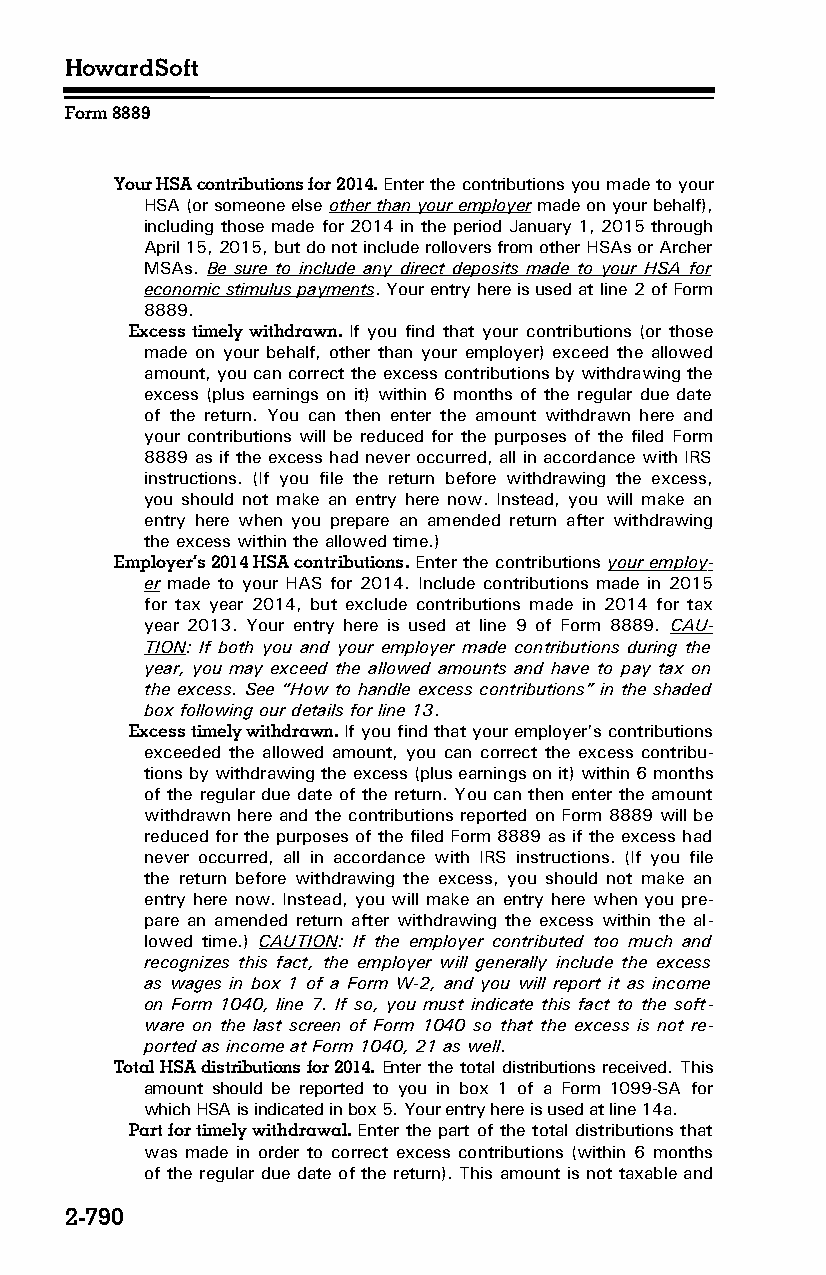
HowardSoft
 Form 8889
 Your HSA contributions for 2014. Enter the contributions you made to your
 HSA (or someone else other than your employer made on your behalf),
 including those made for 2014 in the period January 1, 2015 through
 April 15, 2015, but do not include rollovers from other HSAs or Archer
 MSAs. Be sure to include any direct deposits made to your HSA for
 economic stimulus payments. Your entry here is used at line 2 of Form
 8889.
 Excess timely withdrawn. If you find that your contributions (or those
 made on your behalf, other than your employer) exceed the allowed
 amount, you can correct the excess contributions by withdrawing the
 excess (plus earnings on it) within 6 months of the regular due date
 of the return. You can then enter the amount withdrawn here and
 your contributions will be reduced for the purposes of the filed Form
 8889 as if the excess had never occurred, all in accordance with IRS
 instructions. (If you file the return before withdrawing the excess,
 you should not make an entry here now. Instead, you will make an
 entry here when you prepare an amended return after withdrawing
 the excess within the allowed time.)
 Employer’s 2014 HSA contributions. Enter the contributions your employ­
 er made to your HAS for 2014. Include contributions made in 2015
 for tax year 2014, but exclude contributions made in 2014 for tax
 year 2013. Your entry here is used at line 9 of Form 8889. CAU­
 TION: If both you and your employer made contributions during the
 year, you may exceed the allowed amounts and have to pay tax on
 the excess. See “How to handle excess contributions” in the shaded
 box following our details for line 13.
 Excess timely withdrawn. If you find that your employer’s contributions
 exceeded the allowed amount, you can correct the excess contribu­
 tions by withdrawing the excess (plus earnings on it) within 6 months
 of the regular due date of the return. You can then enter the amount
 withdrawn here and the contributions reported on Form 8889 will be
 reduced for the purposes of the filed Form 8889 as if the excess had
 never occurred, all in accordance with IRS instructions. (If you file
 the return before withdrawing the excess, you should not make an
 entry here now. Instead, you will make an entry here when you pre­
 pare an amended return after withdrawing the excess within the al­
 lowed time.) CAUTION: If the employer contributed too much and
 recognizes this fact, the employer will generally include the excess
 as wages in box 1 of a Form W-2, and you will report it as income
 on Form 1040, line 7. If so, you must indicate this fact to the soft­
 ware on the last screen of Form 1040 so that the excess is not re­
 ported as income at Form 1040, 21 as well.
 Total HSA distributions for 2014. Enter the total distributions received. This
 amount should be reported to you in box 1 of a Form 1099-SA for
 which HSA is indicated in box 5. Your entry here is used at line 14a.
 Part for timely withdrawal. Enter the part of the total distributions that
 was made in order to correct excess contributions (within 6 months
 of the regular due date of the return). This amount is not taxable and
 2-790